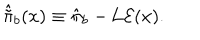
\hat { \tilde { \pi } } _ { b } ( x ) \equiv \hat { \pi } _ { b } - \mathrm { L } { \cal E } ( x ) .